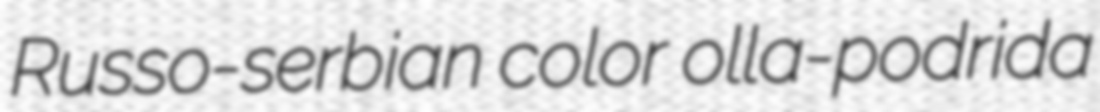
Russo-serbian color olla-podrida